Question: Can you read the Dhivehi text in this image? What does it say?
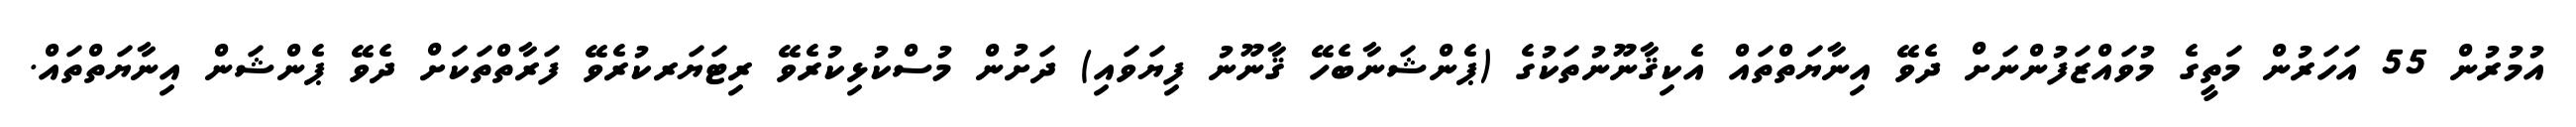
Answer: އުމުރުން 55 އަހަރުން މަތީގެ މުވައްޒަފުންނަށް ދެވޭ އިނާޔަތްތައް އެކިޤާނޫނުތަކުގެ (ޕެންޝަނާބެހޭ ޤާނޫނު ފިޔަވައި) ދަށުން މުސްކުޅިކުރެވޭ ރިޓަޔަރކުރެވޭ ފަރާތްތަކަށް ދެވޭ ޕެންޝަން އިނާޔަތްތައް.